Lunatic asylums Bombay report 1891-1903 - 1891-1903
Year: 1891
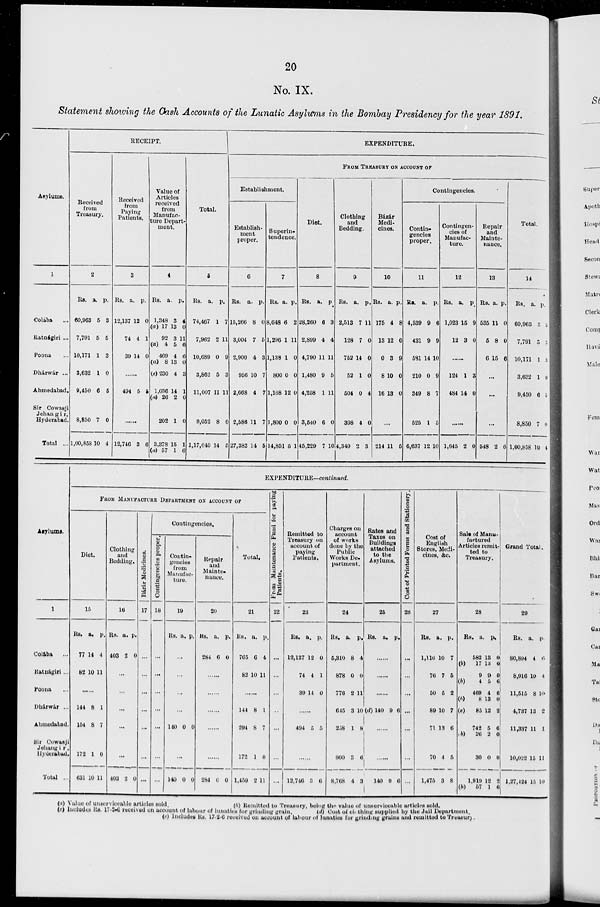
20
No. IX.
Statement showing the Cash Accounts of the Lunatic Asylums in the Bombay Presidency for the year 1891.
Asylums.
1
Colába ...
Ratnágiri ...
Poona ...
Dhárwár ...
Ahmedabad.
Sir Cowasji
Jehangir,
Hyderabad.
Total ..
RECEIPT.
Received
from
Treasury.
2
Rs.
60,963
7,791
10,171
3,632
9,450
8,850
1,00,858
a.
5
5
1
1
6
7
10
p.
3
5
3
0
5
0
4
Received
from
Paying
Patients.
3
Rs.
12,137
74
39
a.
12
4
14
p.
0
1
0
......
494 5 5
......
12,746 3 6
Value of
Articles
received
from
Manufac-
ture Depart-
ment.
4
Rs.
1,348
(a) 17
92
(a) 4
469
(a) 8
(c) 230
1,036
(a) 26
202
3,378
(a) 57
a.
3
13
3
5
4
13
4
14
2
1
15
1
p.
4
0
11
6
6
0
3
1
0
0
1
6
Total.
5
Rs.
74,467
7,962
10,689
3,862
11,007
9,052
1,17,040
a.
1
2
0
5
11
8
14
p.
7
11
9
3
11
0
5
EXPENDITURE.
FROM TREASURY ON ACCOUNT OF
Establishment.
Establish-
ment
proper.
6
Rs.
15,266
3,004
2,900
956
2,668
2,586
27,382
a.
8
7
4
10
4
11
14
p.
0
5
3
7
7
7
5
Superin-
tendence.
7
Rs.
8,648
1,296
1,138
800
1,168
1,800
14,851
a.
6
1
1
0
12
0
5
p.
2
11
0
0
0
0
1
Diet.
8
Rs.
28,260
2,899
4,790
1,480
4,258
3,540
45,229
a.
6
4
11
9
1
6
7
p.
3
4
11
5
11
0
10
Clothing
and
Bedding.
9
Rs.
2,513
128
752
52
504
398
4,349
a.
7
7
14
1
0
4
2
p.
11
0
0
0
4
0
3
Bázár
Medi-
cines.
10
Rs.
175
13
0
8
16
a.
4
12
3
10
13
p.
8
0
9
0
0
...
214 11 5
Contingencies.
Contin-
gencies
proper.
11
Rs.
4,539
431
581
210
349
525
6,637
a.
9
9
14
0
8
1
12
p.
6
9
10
9
7
5
10
Contingen-
cies of
Manufac-
ture.
12
Rs.
1,023
12
a.
15
3
p.
9
0
......
124
484
1
14
3
0
......
1,645 2 0
Repair
and
Mainte-
nance.
13
Rs.
535
5
6
a.
11
8
15
p.
0
0
6
...
...
...
548 2 6
Total.
14
Rs.
60,963
7,791
10,171
3,632
9,450
8,850
1,00,858
a.
5
5
1
1
6
7
10
p.
3
7
3
0
5
0
4
Asylums.
1
Colába ...
Ratnágiri ...
Poona ...
Dhárwár ...
Ahmedabad.
Sir Cowasji
Jehangir,
Hyderabad.
Total ...
EXPENDITURE—continued.
FROM MANUFACTURE DEPARTMENT ON ACCOUNT OF
Diet.
15
Rs.
77
82
a.
14
10
p.
4
11
......
144
154
172
631
8
8
1
10
1
7
0
11
Clothing
and
Bedding.
16
Rs.
403
a.
2
p.
0
...
...
...
...
...
403 2 0
Bázár Medicines.
17
...
...
...
...
...
...
...
Contingencies.
Contingencies proper.
18
...
...
...
...
...
...
...
Contin-
gencies
from
Manufac-
ture.
19
Rs. a. p.
...
...
...
...
140 0 0
...
140 0 0
Repair
and
Mainte-
nance.
20
Rs.
284
a.
6
p.
0
......
......
......
......
......
284 6 0
Total.
21
Rs.
765
82
a.
6
10
p.
4
11
......
144
294
172
1,459
8
8
1
2
1
7
0
11
From Maintenance Fund for paying
Patients.
22
...
...
...
...
...
...
...
Remitted to
Treasury on
account of
paying
Patients.
23
Rs.
12,137
74
39
a.
12
4
14
p.
0
1
0
......
494 5 5
...
12,746 3 6
Charges on
account
of works
done by the
Public
Works De-
partment.
24
Rs.
5,310
878
776
645
258
900
8,768
a.
8
0
2
3
1
3
4
p.
4
0
11
10
8
6
3
Rates and
Taxes on
Buildings
attached
to the
Asylums.
25
Rs.
a. p.
......
......
......
(d) 140 9 6
......
......
140 9 6
Cost of Printed Forms and Stationery.
26
...
...
...
...
...
...
...
Cost of
English
Stores, Medi-
cines, &c.
27
Rs.
1,116
76
50
89
71
70
1,475
a.
10
7
5
10
13
4
3
p.
7
5
2
7
6
5
8
Sale of Manu-
factured
Articles remit-
ted to
Treasury.
28
Rs.
582
(b) 17
9
(b)
4
469
(b)
8
(e)
85
742
(b) 26
30
1,919
(b)
57
a.
13
13
9
5
4
13
12
5
2
0
12
1
p.
0
0
0
6
6
0
2
6
0
0
2
6
Grand Total.
29
Rs.
80,894
8,916
11,515
4,737
11,337
10,022
1,27,124
a.
4
10
8
13
11
15
15
p.
6
4
10
2
1
11
10
(a) Value of unserviceable articles sold.
(b) Remitted to Treasury, being the value of unserviceable articles sold.
(c) Includes Rs. 17-2-6 received on account of labour of lunatics for grinding grain.
(d) Cost of clothing supplied by the Jail Department.
(e) Includes Rs. 17-2-6 received on account of labour of lunatics for grinding grains and remitted to Treasury